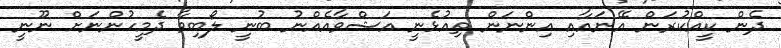
ދެން ކީއްކުރަން އޭނައާއި އިންނަން ތިއުޅެނީ އަޝްވާއެއްނު ބުނީ ލޯބިވާ ދެމީހުންނަށް ނޫނީ